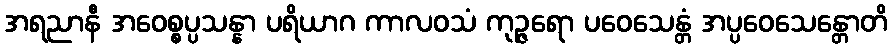
အရညာနီ အဝေစ္စပ္ပသန္နာ ပရိယာဂ ကာလဝသံ ကုဉ္ဇရော ပဝေသေန္တံ အပ္ပဝေသေန္တောတိ